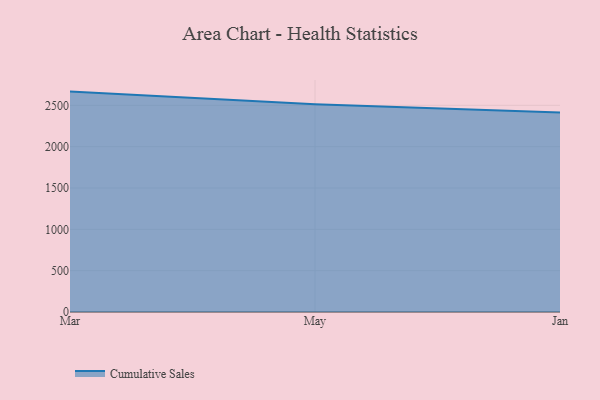
{"axis": {"x": "Month", "y": "Satisfaction Score"}, "legend": ["Cumulative Sales"], "data": [{"x": "Mar", "y": 2666.2, "type": "Cumulative Sales"}, {"x": "May", "y": 2514.6, "type": "Cumulative Sales"}, {"x": "Jan", "y": 2414.7, "type": "Cumulative Sales"}]}